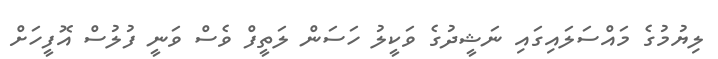
ލިޔުމުގެ މައްސަލައިގައި ނަޝީދުގެ ވަކީލު ހަސަން ލަތީފް ވެސް ވަނީ ފުލުސް އޮފީހަށް